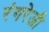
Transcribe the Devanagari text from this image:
रंगरेजी